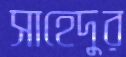
সাহেদুর